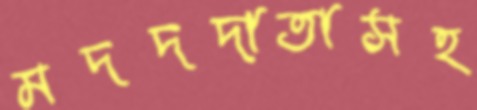
মদদদাতাসহ